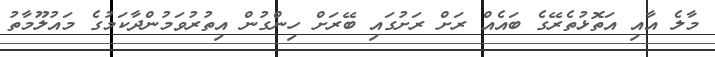
މާލެ އާއި އަތޮޅުތެރޭގެ ބައެއް ރަށް ރަށުގައި ބޭރަށް ހިންގުން އިތުރުވަމުންދާކަމުގެ މައުލޫމާތު